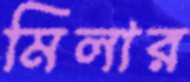
মিলার